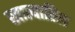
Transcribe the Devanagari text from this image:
खात्यातिल